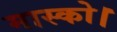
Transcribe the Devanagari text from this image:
मास्को।